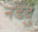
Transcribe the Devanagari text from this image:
नडेदु